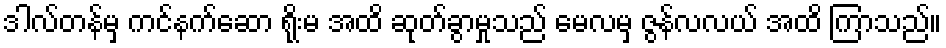
ဒါလ်တန်မှ ကင်နက်ဆော ရိုးမ အထိ ဆုတ်ခွာမှုသည် မေလမှ ဇွန်လလယ် အထိ ကြာသည်။